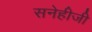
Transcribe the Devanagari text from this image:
सनेहीजी